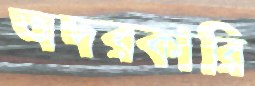
অদরকারি